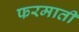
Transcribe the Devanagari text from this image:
फरमाती